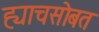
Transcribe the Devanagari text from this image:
ह्याचसोबत